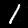
Label: 1